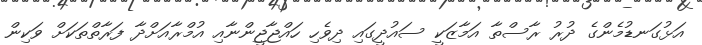
އަޅުގަނޑުމެންގެ ދުރު ރާސްތާ އަމާޒަކީ ސައުދީގައި ދިވެހި ހައްޖާޖީންނާއި އުމްރާއަށްދާ ފަރާތްތަކަށް ވަކިން